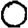
Digit: 0